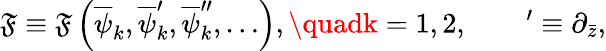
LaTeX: {\cal\mathfrak{F}}\equiv{\cal\mathfrak{F}}\left(\overline{{{\psi}}}_{k},\overline{{{\psi}}}_{k}^{\prime},\overline{{{\psi}}}_{k}^{\prime\prime},\ldots\right),\quadk=1,2,\qquad^{\prime}\equiv\partial_{\bar{{z}}},